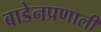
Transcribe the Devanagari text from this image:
बाडेनप्रणाली